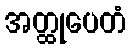
အတ္ထုပေတံ